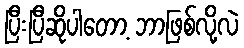
ပြီးပြီဆိုပါတော့ ဘာဖြစ်လို့လဲ